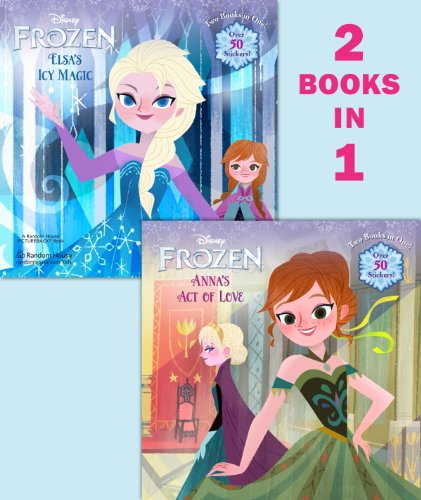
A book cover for Anna's Act of Love/Elsa's Icy Magic (Disney Frozen) (Pictureback(R)); RH Disney; Children's Books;